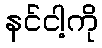
နင်ငါ့ကို